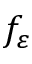
f _ { \varepsilon }